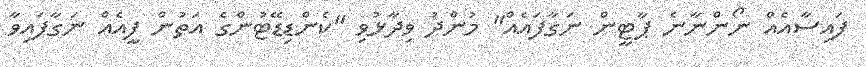
ފައިސާއެއް ނޯންނާނެ ޕާޓީން ނަގާފައެއް" މުންދު ވިދާޅުވި "ކެންޑިޑޭޓުންގެ އަތުން ފީއެއް ނަގާފައިވާ